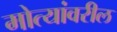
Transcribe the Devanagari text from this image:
मोत्यांवरील